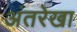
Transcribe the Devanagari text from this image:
अंतरेखा